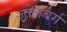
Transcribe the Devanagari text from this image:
ज़ोलबर्ग